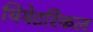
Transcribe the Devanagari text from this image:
थियेटरिकल